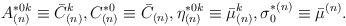
\begin{align*}A^{*0k}_{(n)}\equiv \bar C^{k}_{(n)}, C_{(n)}^{*0}\equiv \bar C_{(n)}, \eta ^{*0k}_{(n)}\equiv \bar \mu ^k_{(n)} , \sigma _0^{*(n)}\equiv \bar \mu ^{(n)} .\end{align*}